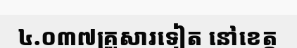
៤.០៣៧គ្រួសារទៀត នៅខេត្ត